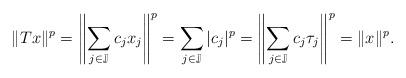
LaTeX: \begin{align*}\|Tx\|^p=\left\|\sum_{j\in \mathbb{J}}c_jx_j \right\|^p=\sum_{j\in \mathbb{J}}|c_j|^p =\left\|\sum_{j\in \mathbb{J}}c_j\tau_j \right\|^p=\|x\|^p.\end{align*}